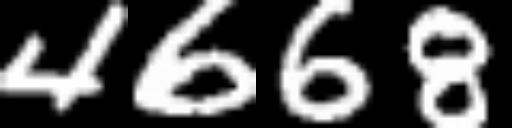
Text: 4668